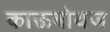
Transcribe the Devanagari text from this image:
काऊबोयज